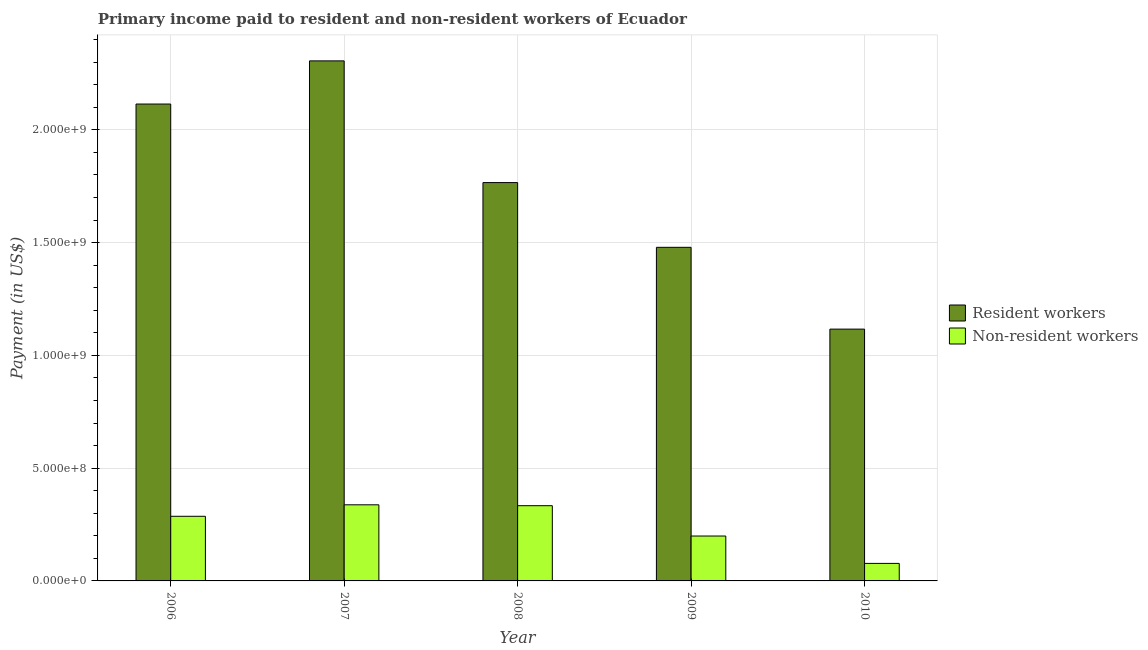
| Year | Resident workers | Non-resident workers |
 | --- | --- | --- |
 | 2006 | 2.11e+09 | 2.87e+08 |
 | 2007 | 2.31e+09 | 3.37e+08 |
 | 2008 | 1.77e+09 | 3.34e+08 |
 | 2009 | 1.48e+09 | 1.99e+08 |
 | 2010 | 1.12e+09 | 7.77e+07 |